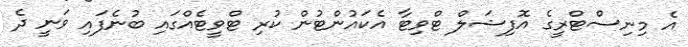
އެ މިނިސްޓްރީގެ އޮފިޝަލް ޓްވިޓާ އެކައުންޓުން ކުރި ޓްވީޓެއްގައި ބުނެފައި ވަނީ ދެ